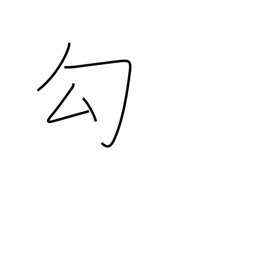
Meaning: capture